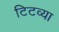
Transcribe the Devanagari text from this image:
टिटव्या